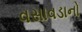
વસાવડાનો